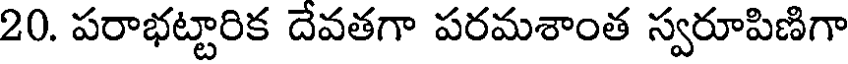
20. పరాభట్టారిక దేవతగా పరమశాంత స్వరూపిణిగా